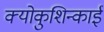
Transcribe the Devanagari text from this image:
क्योकुशिन्काई